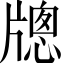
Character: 牕